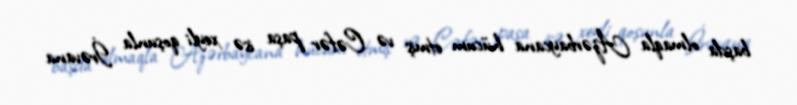
başda olmaqla Azərbaycana hücum etmiş və Cəfər paşa isə xeyli qoşunla İrəvana